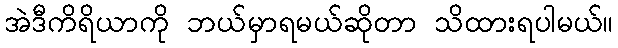
အဲဒီကိရိယာကို ဘယ်မှာရမယ်ဆိုတာ သိထားရပါမယ်။